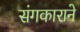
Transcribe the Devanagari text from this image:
संगकाराने